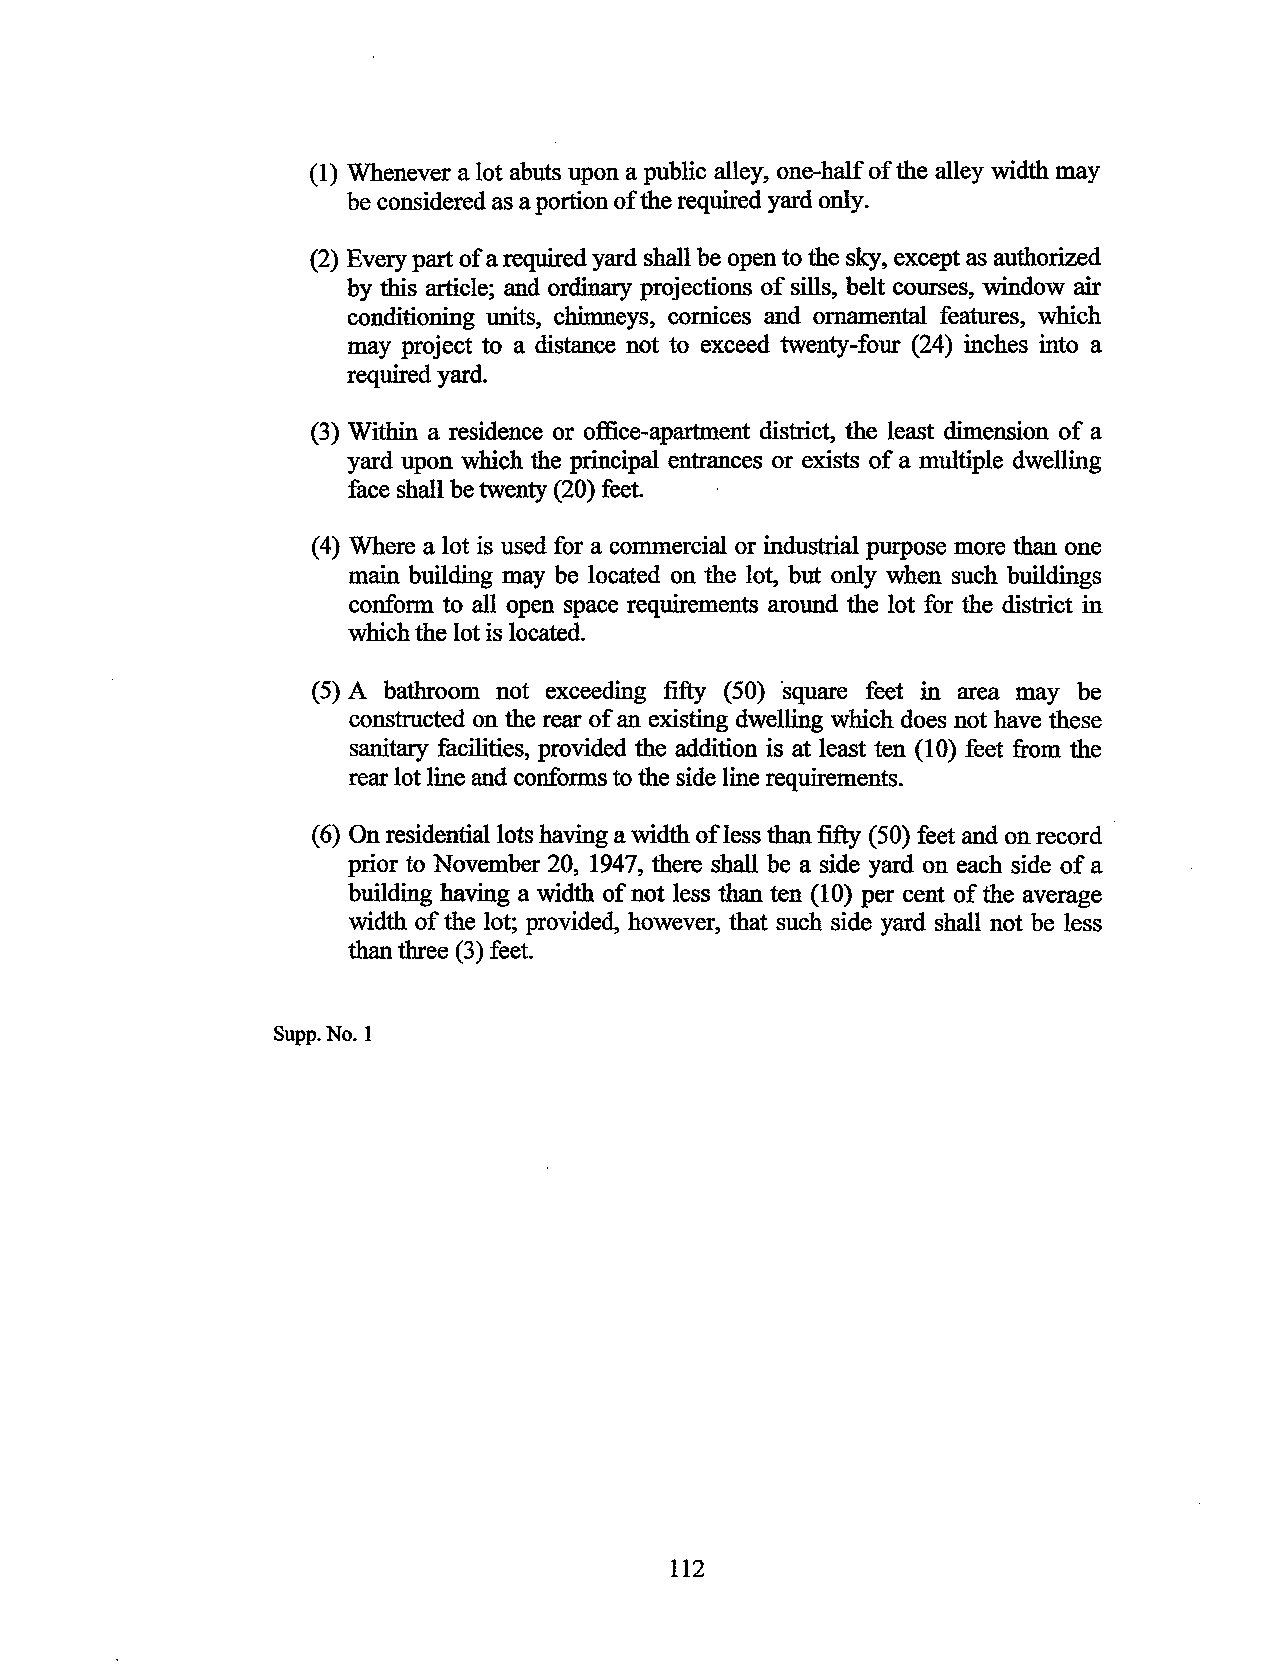
(1) Whenever a lot abuts upon a public alley, one-half of the alley width may
 be considered as a portion of the required yard only.
 (2) Every part of a required yard shall be open to the sky, except as authorized
 by this article; and ordinary projections of sills, belt courses, window air
 conditioning units, chimneys, cornices and ornamental features, which
 may project to a distance not to exceed twenty-four (24) inches into a
 required yard.
 (3) Within a residence or office-apartment district, the least dimension of a
 yard upon which the principal entrances or exists of a multiple dwelling
 face shall be twenty (20) feet.
 (4 ) Where a lot is used for a commercial or industrial purpose more than one
 main building may be located on the lot, but only when such buildings
 conform to all open space requirements around the lot for the district in
 which the lot is located.
 (5) A bathroom not exceeding fifty (50) ·square feet in area may be
 constructed on the rear of an existing dwelling which does not have these
 sanitary facilities, provided the addition is at least ten (1 0) feet from the
 rear lot line and conforms to the side line requirements.
 (6) On residential lots having a width ofless than fifty (50) feet and on record
 prior to November 20, 1947, there shall be a side yard on each side of a
 building having a width of not less than ten (1 0) per cent of the average
 width of the lot; provided, however, that such side yard shall not be less
 than three (3) feet.
 Supp. No.1
 112